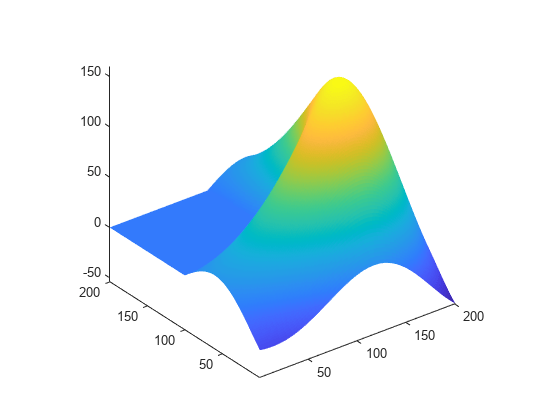
matlab, surface